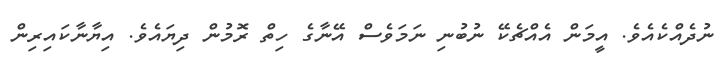
ނުދެއްކެއެވެ. އީމަން އެއްޗެކޭ ނުބުނި ނަމަވެސް އޭނާގެ ހިތް ރޮމުން ދިޔައެވެ. އިޔާނާކައިރިން